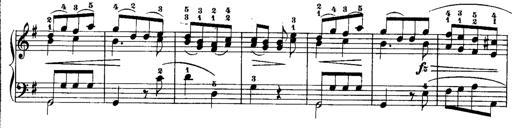
Title: Rondos and Sonatinas for Pianoforte
Composer: Daniel Steibelt